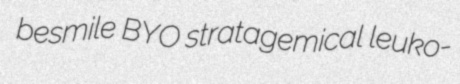
besmile BYO stratagemical leuko-